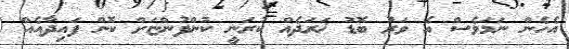
އެހެން ނަމަވެސް އެ ވަރު ބޮޑު ޚަރަދެއް ކުރަނީ ކުންފުންޏަށް ކޮން ފައިދާއެއް